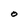
Character: O